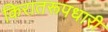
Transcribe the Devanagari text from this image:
किरातरूपधारी